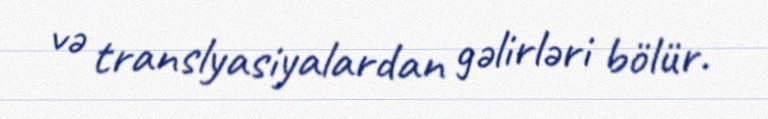
və translyasiyalardan gəlirləri bölür.